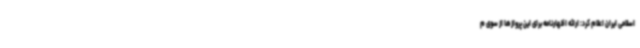
اسلامی ایران اعلام کرد: ارائه اظهارنامه برای این پروازها از سوی م